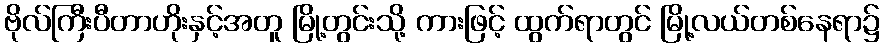
ဗိုလ်ကြီးပီတာဟိုးနှင့်အတူ မြို့တွင်းသို့ ကားဖြင့် ထွက်ရာတွင် မြို့လယ်တစ်နေရာ၌